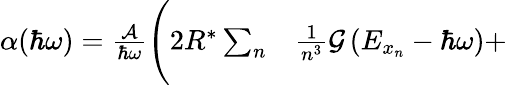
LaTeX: \begin{array}{rl}{\alpha(\hbar\omega)=\frac{\mathcal{A}}{\hbar\omega}\Bigg(2R^{*}\sum_{n}}&{{}\frac{1}{n^{3}}\mathcal{G}\left(E_{x_{n}}-\hbar\omega\right)+}\end{array}